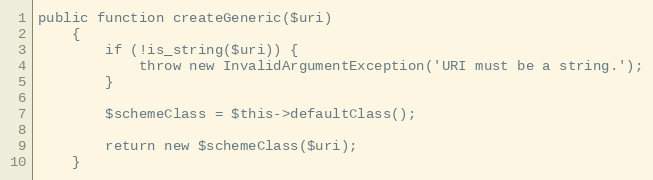
Language: PHP
public function createGeneric($uri)
    {
        if (!is_string($uri)) {
            throw new InvalidArgumentException('URI must be a string.');
        }

        $schemeClass = $this->defaultClass();

        return new $schemeClass($uri);
    }